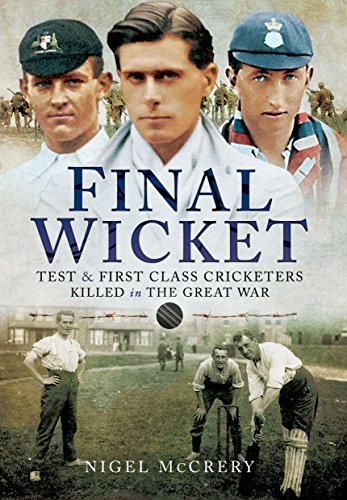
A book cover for Final Wicket: Test and First Class Cricketers Killed in the Great War; Nigel McCrery; Sports & Outdoors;